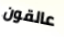
عالقون